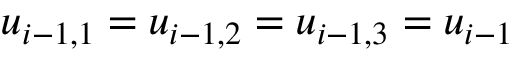
u _ { i - 1 , 1 } = u _ { i - 1 , 2 } = u _ { i - 1 , 3 } = u _ { i - 1 }